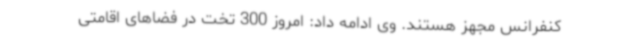
کنفرانس مجهز هستند. وی ادامه داد: امروز 300 تخت در فضاهای اقامتی